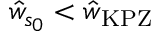
\hat { w } _ { s _ { 0 } } < \hat { w } _ { \mathrm { \tiny K P Z } }